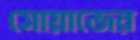
সোয়াজের